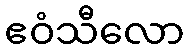
ဧဝံသီလော